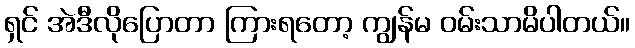
ရှင် အဲဒီလိုပြောတာ ကြားရတော့ ကျွန်မ ဝမ်းသာမိပါတယ်။